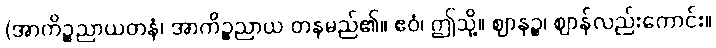
(အာကိဉ္စညာယတနံ၊ အာကိဉ္စညာယ တနမည်၏။ ဧဝံ၊ ဤသို့။ ဈာနဉ္စ၊ ဈာန်လည်းကောင်း။